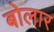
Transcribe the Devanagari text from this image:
बोलार